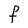
Character: F